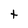
Character: t